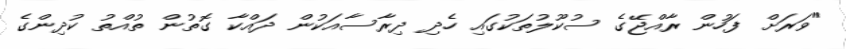
"ވަރަށް ފަހުން ރާއްޖޭގެ ސުކޫލުތަކުގައި ހެދި ދިރާސާއަކުން ދައްކާ ގޮތުން ތުއްތު ކުދިންގެ